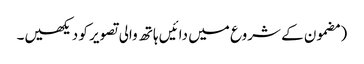
‏ (‏مضمون کے شروع میں دائیں ہاتھ والی تصویر کو دیکھیں۔